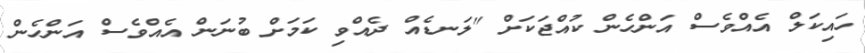
ހައިކަލް އެއްވެސް އަންހެން ކުއްޖަކަށް "ލަނޑެއް ދެއްވި ކަމަށް ބުނަން އެއްވެސް އަންހެން